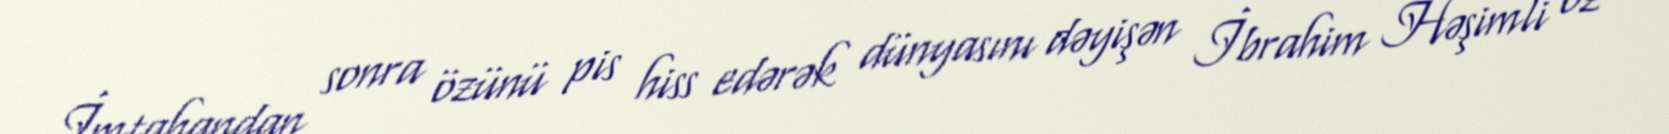
İmtahandan sonra özünü pis hiss edərək dünyasını dəyişən İbrahim Həşimli öz